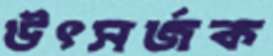
উৎসর্জক